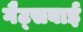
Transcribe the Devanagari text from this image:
गैट्सबाई